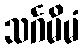
သင်္ဂမိမံ